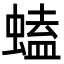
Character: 䗘